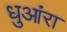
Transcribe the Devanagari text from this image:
धुआंरा